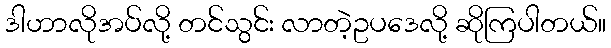
ဒါဟာလိုအပ်လို့ တင်သွင်း လာတဲ့ဥပဒေလို့ ဆိုကြပါတယ်။